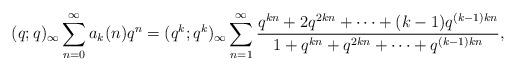
LaTeX: \begin{align*}(q;q)_\infty\sum_{n=0}^\infty a_k(n)q^n=(q^k;q^k)_\infty\sum_{n=1}^{\infty}\frac{q^{kn} + 2q^{2kn} +\dots+ (k-1)q^{(k-1)kn}}{1 + q^{kn} + q^{2kn} +\dots+ q^{(k-1)kn}},\end{align*}